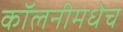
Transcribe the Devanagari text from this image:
कॉलनीमधेच